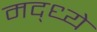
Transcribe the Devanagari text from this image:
मद्ध्ये